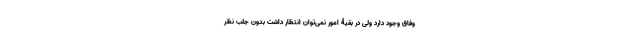
وفاق وجود دارد ولی در بقیۀ امور نمی‌توان انتظار داشت بدون جلب نظر